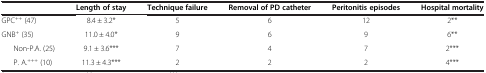
<table><thead><tr><td><b> </b></td><td><b>Length of stay</b></td><td><b>Technique failure</b></td><td><b>Removal of PD catheter</b></td><td><b>Peritonitis episodes</b></td><td><b>Hospital mortality</b></td></tr></thead><tbody><tr><td>GPC<sup>++</sup> (47)</td><td>8.4 ± 3.2*</td><td>5</td><td>6</td><td>12</td><td>2**</td></tr><tr><td>GNB<sup>+</sup> (35)</td><td>11.0 ± 4.0*</td><td>9</td><td>6</td><td>9</td><td>6**</td></tr><tr><td>Non-P.A. (25)</td><td>9.1 ± 3.6***</td><td>7</td><td>4</td><td>7</td><td>2***</td></tr><tr><td>P. A.<sup>+++</sup> (10)</td><td>11.3 ± 4.3***</td><td>2</td><td>2</td><td>2</td><td>4***</td></tr></tbody></table>